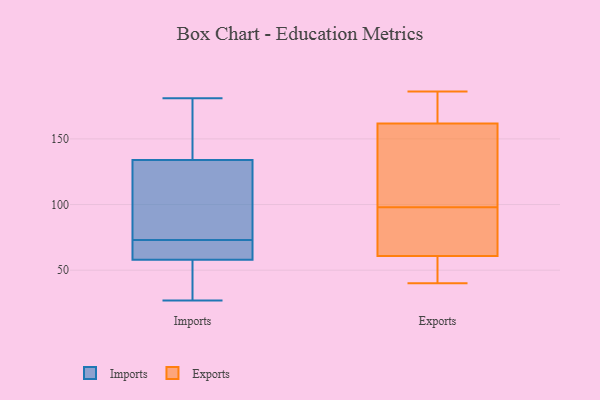
{"axis": {"x": "Backlog", "y": "Value"}, "legend": ["Exports", "Imports"], "data": [{"x": "", "y": 71, "type": "Imports"}, {"x": "", "y": 114, "type": "Imports"}, {"x": "", "y": 58, "type": "Imports"}, {"x": "", "y": 181, "type": "Imports"}, {"x": "", "y": 27, "type": "Imports"}, {"x": "", "y": 58, "type": "Imports"}, {"x": "", "y": 119, "type": "Imports"}, {"x": "", "y": 151, "type": "Imports"}, {"x": "", "y": 53, "type": "Imports"}, {"x": "", "y": 73, "type": "Imports"}, {"x": "", "y": 139, "type": "Imports"}, {"x": "", "y": 45, "type": "Exports"}, {"x": "", "y": 114, "type": "Exports"}, {"x": "", "y": 50, "type": "Exports"}, {"x": "", "y": 178, "type": "Exports"}, {"x": "", "y": 116, "type": "Exports"}, {"x": "", "y": 175, "type": "Exports"}, {"x": "", "y": 94, "type": "Exports"}, {"x": "", "y": 160, "type": "Exports"}, {"x": "", "y": 98, "type": "Exports"}, {"x": "", "y": 86, "type": "Exports"}, {"x": "", "y": 186, "type": "Exports"}, {"x": "", "y": 123, "type": "Exports"}, {"x": "", "y": 40, "type": "Exports"}, {"x": "", "y": 167, "type": "Exports"}, {"x": "", "y": 54, "type": "Exports"}, {"x": "", "y": 96, "type": "Exports"}, {"x": "", "y": 63, "type": "Exports"}]}